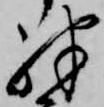
殊